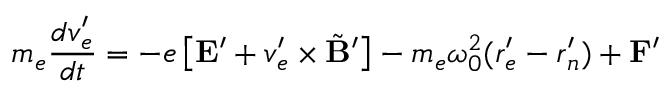
m _ { e } \frac { d \boldsymbol v _ { e } ^ { \prime } } { d t } = - e \left[ \mathbf E ^ { \prime } + \boldsymbol v _ { e } ^ { \prime } \times \tilde { \mathbf { B } } ^ { \prime } \right] - m _ { e } \omega _ { 0 } ^ { 2 } ( \boldsymbol r _ { e } ^ { \prime } - \boldsymbol r _ { n } ^ { \prime } ) + \mathbf { F ^ { \prime } }